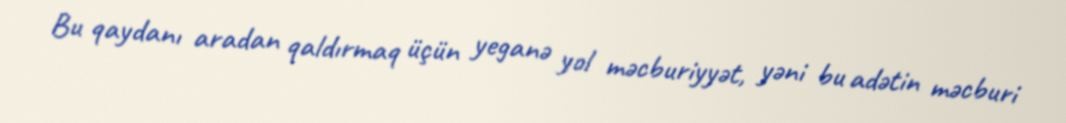
Bu qaydanı aradan qaldırmaq üçün yeganə yol məcburiyyət, yəni bu adətin məcburi